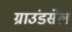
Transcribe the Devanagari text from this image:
ग्राउंडसेल